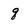
Character: q